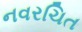
નવરચિત